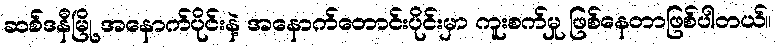
ဆစ်ဒနီမြို့ အနောက်ပိုင်းနဲ့ အနောက်တောင်းပိုင်းမှာ ကူးစက်မှု ဖြစ်နေတာဖြစ်ပါတယ်။